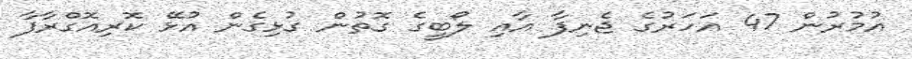
އުމުރުން 47 އަހަރުގެ ޖެނިފާ އާއި ލޯބީގެ ގޮތުން ގުޅިގެން އުޅޭ ކޮރިއޮގްރާފާ